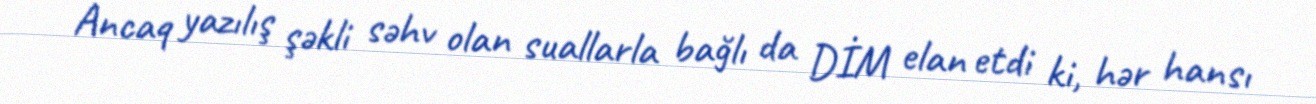
Ancaq yazılış şəkli səhv olan suallarla bağlı da DİM elan etdi ki, hər hansı